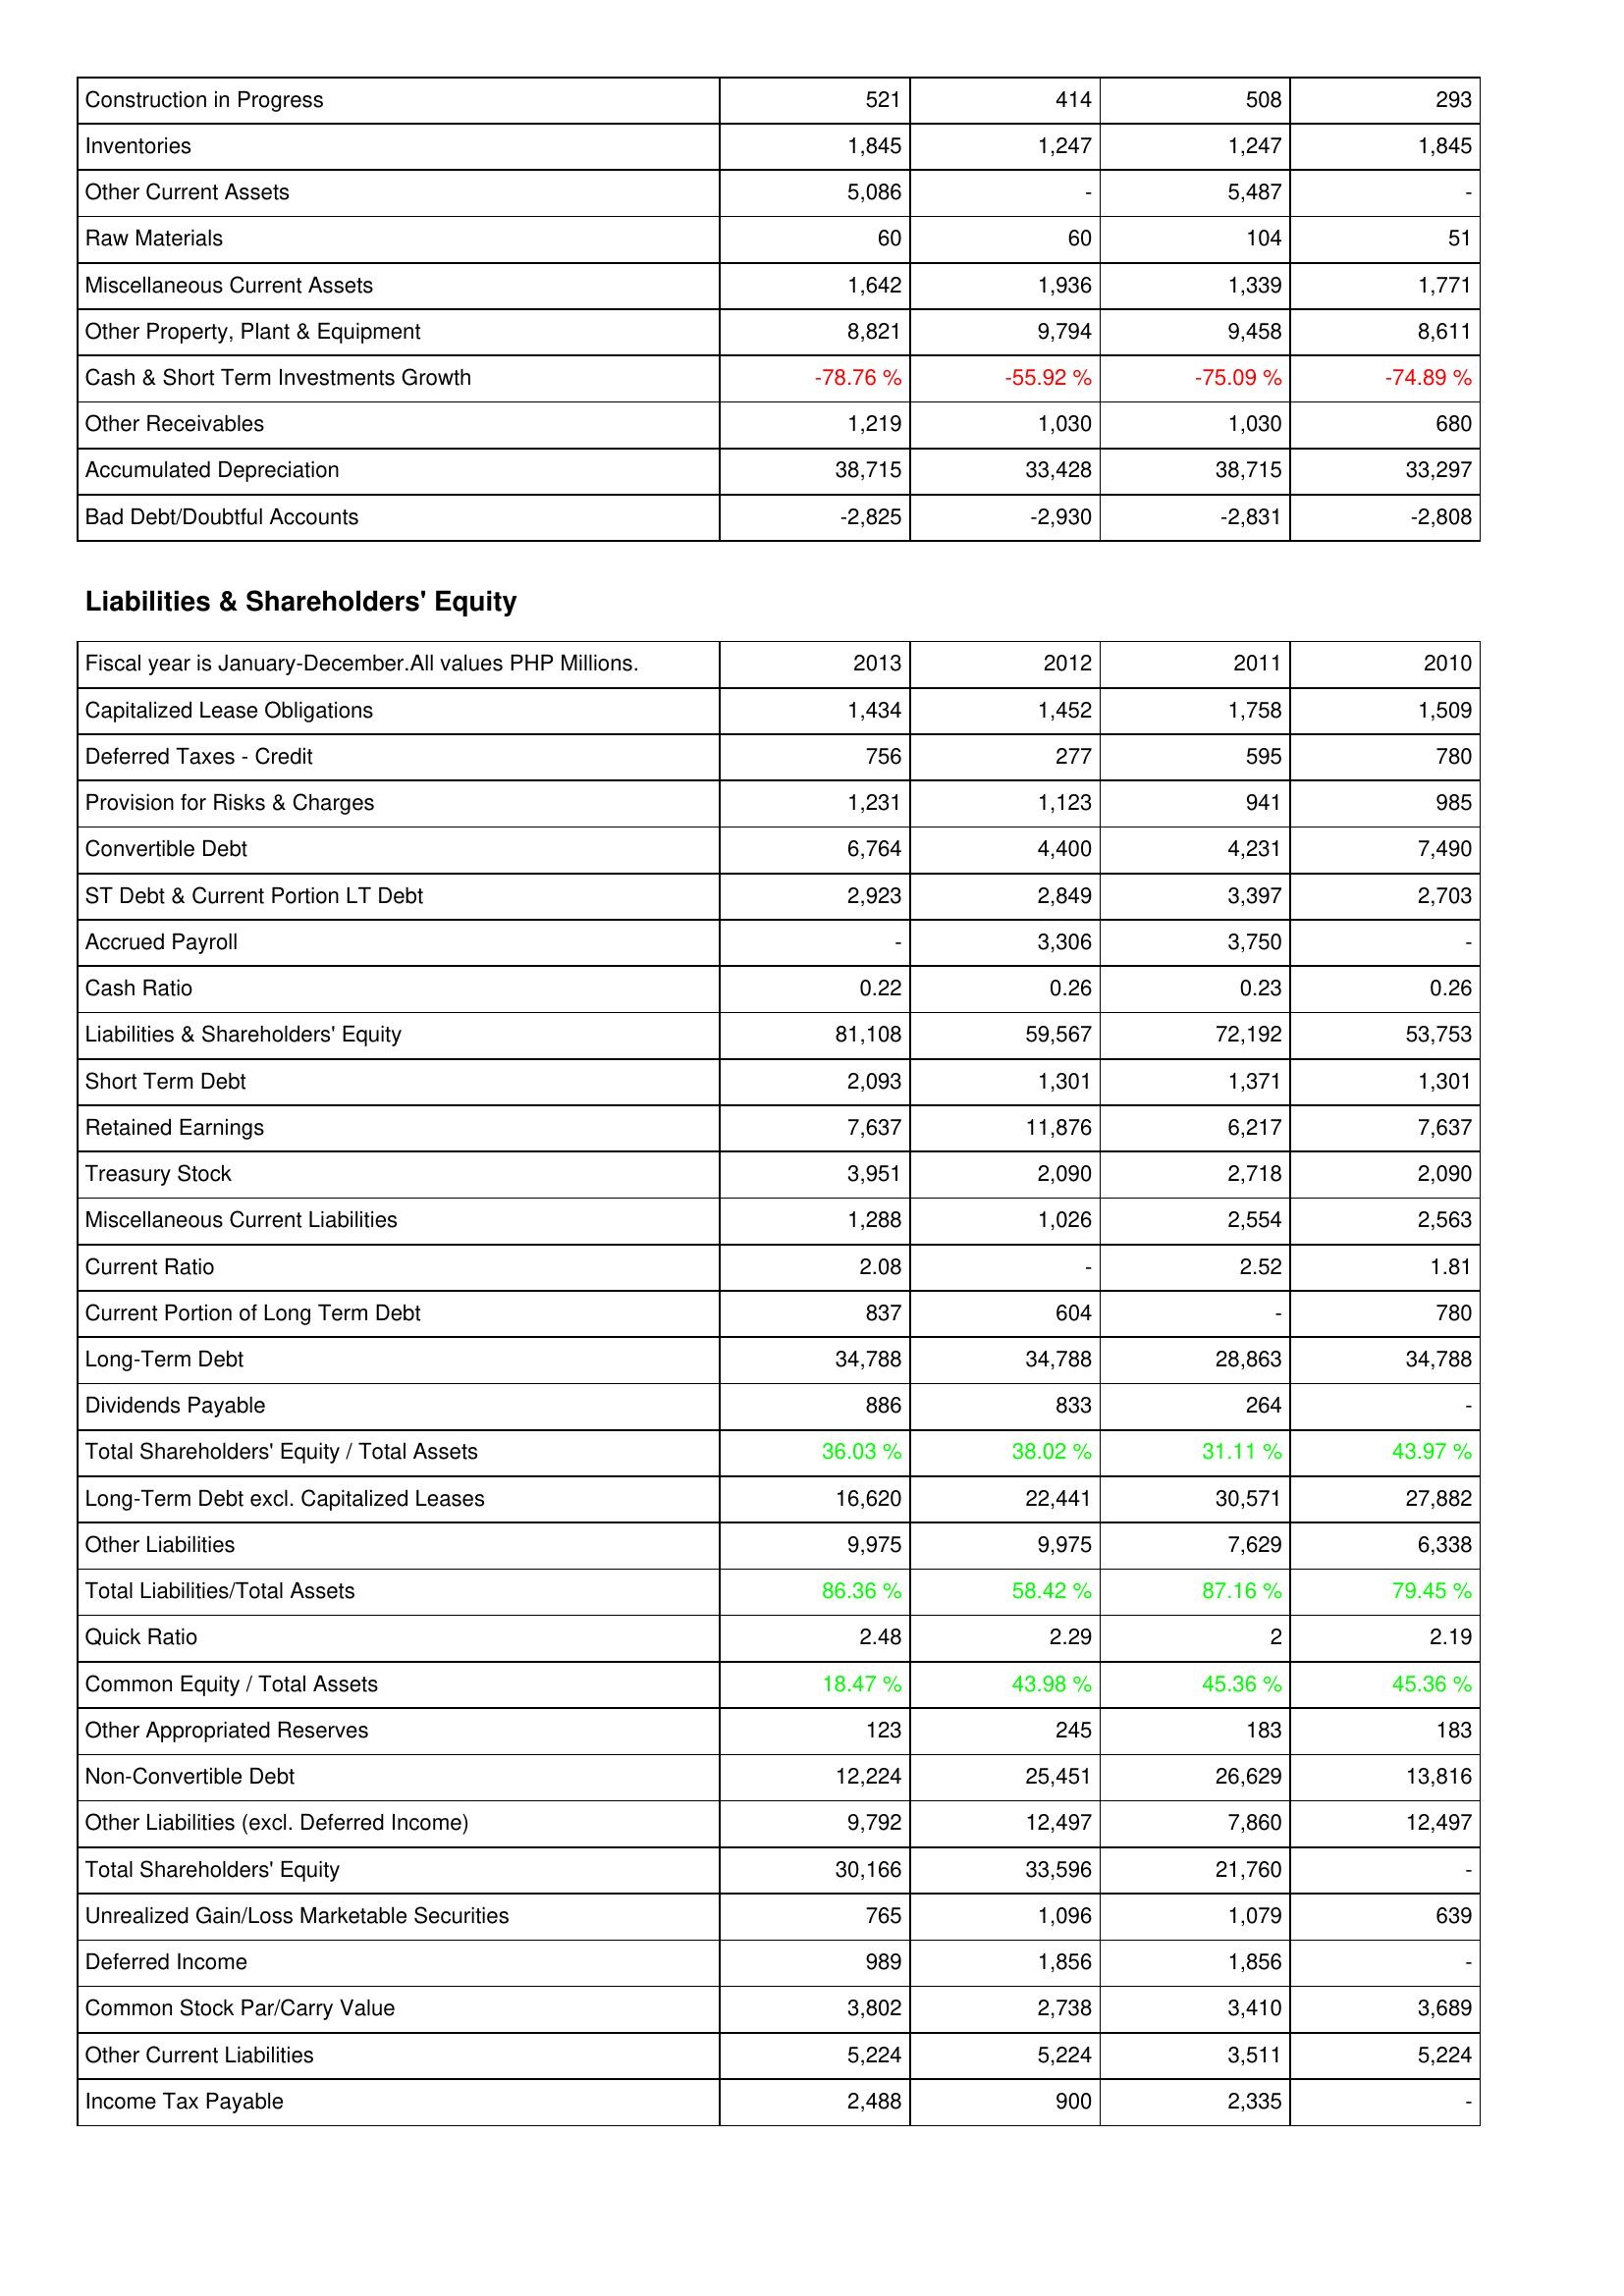
2013: Assets: Construction in Progress: 521
Inventories: 1,845
Other Current Assets: 5,086
Raw Materials: 60
Miscellaneous Current Assets: 1,642
Other Property, Plant & Equipment: 8,821
Cash & Short Term Investments Growth: -78.76 %
Other Receivables: 1,219
Accumulated Depreciation: 38,715
Bad Debt/Doubtful Accounts: -2,825
Liabilities & Shareholders' Equity: Capitalized Lease Obligations: 1,434
Deferred Taxes - Credit: 756
Provision for Risks & Charges: 1,231
Convertible Debt: 6,764
ST Debt & Current Portion LT Debt: 2,923
Accrued Payroll: -
Cash Ratio: 0.22
Liabilities & Shareholders' Equity: 81,108
Short Term Debt: 2,093
Retained Earnings: 7,637
Treasury Stock: 3,951
Miscellaneous Current Liabilities: 1,288
Current Ratio: 2.08
Current Portion of Long Term Debt: 837
Long-Term Debt: 34,788
Dividends Payable: 886
Total Shareholders' Equity / Total Assets: 36.03 %
Long-Term Debt excl. Capitalized Leases: 16,620
Other Liabilities: 9,975
Total Liabilities/Total Assets: 86.36 %
Quick Ratio: 2.48
Common Equity / Total Assets: 18.47 %
Other Appropriated Reserves: 123
Non-Convertible Debt: 12,224
Other Liabilities (excl. Deferred Income): 9,792
Total Shareholders' Equity: 30,166
Unrealized Gain/Loss Marketable Securities: 765
Deferred Income: 989
Common Stock Par/Carry Value: 3,802
Other Current Liabilities: 5,224
Income Tax Payable: 2,488
2012: Assets: Construction in Progress: 414
Inventories: 1,247
Other Current Assets: -
Raw Materials: 60
Miscellaneous Current Assets: 1,936
Other Property, Plant & Equipment: 9,794
Cash & Short Term Investments Growth: -55.92 %
Other Receivables: 1,030
Accumulated Depreciation: 33,428
Bad Debt/Doubtful Accounts: -2,930
Liabilities & Shareholders' Equity: Capitalized Lease Obligations: 1,452
Deferred Taxes - Credit: 277
Provision for Risks & Charges: 1,123
Convertible Debt: 4,400
ST Debt & Current Portion LT Debt: 2,849
Accrued Payroll: 3,306
Cash Ratio: 0.26
Liabilities & Shareholders' Equity: 59,567
Short Term Debt: 1,301
Retained Earnings: 11,876
Treasury Stock: 2,090
Miscellaneous Current Liabilities: 1,026
Current Ratio: -
Current Portion of Long Term Debt: 604
Long-Term Debt: 34,788
Dividends Payable: 833
Total Shareholders' Equity / Total Assets: 38.02 %
Long-Term Debt excl. Capitalized Leases: 22,441
Other Liabilities: 9,975
Total Liabilities/Total Assets: 58.42 %
Quick Ratio: 2.29
Common Equity / Total Assets: 43.98 %
Other Appropriated Reserves: 245
Non-Convertible Debt: 25,451
Other Liabilities (excl. Deferred Income): 12,497
Total Shareholders' Equity: 33,596
Unrealized Gain/Loss Marketable Securities: 1,096
Deferred Income: 1,856
Common Stock Par/Carry Value: 2,738
Other Current Liabilities: 5,224
Income Tax Payable: 900
2011: Assets: Construction in Progress: 508
Inventories: 1,247
Other Current Assets: 5,487
Raw Materials: 104
Miscellaneous Current Assets: 1,339
Other Property, Plant & Equipment: 9,458
Cash & Short Term Investments Growth: -75.09 %
Other Receivables: 1,030
Accumulated Depreciation: 38,715
Bad Debt/Doubtful Accounts: -2,831
Liabilities & Shareholders' Equity: Capitalized Lease Obligations: 1,758
Deferred Taxes - Credit: 595
Provision for Risks & Charges: 941
Convertible Debt: 4,231
ST Debt & Current Portion LT Debt: 3,397
Accrued Payroll: 3,750
Cash Ratio: 0.23
Liabilities & Shareholders' Equity: 72,192
Short Term Debt: 1,371
Retained Earnings: 6,217
Treasury Stock: 2,718
Miscellaneous Current Liabilities: 2,554
Current Ratio: 2.52
Current Portion of Long Term Debt: -
Long-Term Debt: 28,863
Dividends Payable: 264
Total Shareholders' Equity / Total Assets: 31.11 %
Long-Term Debt excl. Capitalized Leases: 30,571
Other Liabilities: 7,629
Total Liabilities/Total Assets: 87.16 %
Quick Ratio: 2
Common Equity / Total Assets: 45.36 %
Other Appropriated Reserves: 183
Non-Convertible Debt: 26,629
Other Liabilities (excl. Deferred Income): 7,860
Total Shareholders' Equity: 21,760
Unrealized Gain/Loss Marketable Securities: 1,079
Deferred Income: 1,856
Common Stock Par/Carry Value: 3,410
Other Current Liabilities: 3,511
Income Tax Payable: 2,335
2010: Assets: Construction in Progress: 293
Inventories: 1,845
Other Current Assets: -
Raw Materials: 51
Miscellaneous Current Assets: 1,771
Other Property, Plant & Equipment: 8,611
Cash & Short Term Investments Growth: -74.89 %
Other Receivables: 680
Accumulated Depreciation: 33,297
Bad Debt/Doubtful Accounts: -2,808
Liabilities & Shareholders' Equity: Capitalized Lease Obligations: 1,509
Deferred Taxes - Credit: 780
Provision for Risks & Charges: 985
Convertible Debt: 7,490
ST Debt & Current Portion LT Debt: 2,703
Accrued Payroll: -
Cash Ratio: 0.26
Liabilities & Shareholders' Equity: 53,753
Short Term Debt: 1,301
Retained Earnings: 7,637
Treasury Stock: 2,090
Miscellaneous Current Liabilities: 2,563
Current Ratio: 1.81
Current Portion of Long Term Debt: 780
Long-Term Debt: 34,788
Dividends Payable: -
Total Shareholders' Equity / Total Assets: 43.97 %
Long-Term Debt excl. Capitalized Leases: 27,882
Other Liabilities: 6,338
Total Liabilities/Total Assets: 79.45 %
Quick Ratio: 2.19
Common Equity / Total Assets: 45.36 %
Other Appropriated Reserves: 183
Non-Convertible Debt: 13,816
Other Liabilities (excl. Deferred Income): 12,497
Total Shareholders' Equity: -
Unrealized Gain/Loss Marketable Securities: 639
Deferred Income: -
Common Stock Par/Carry Value: 3,689
Other Current Liabilities: 5,224
Income Tax Payable: -